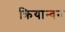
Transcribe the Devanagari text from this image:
क्रियान्‍वन